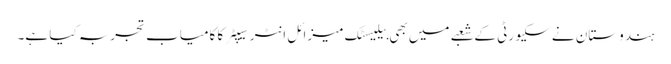
ہندوستان نے سکیورٹی کے شعبے میں بھی بیلیسٹک میزائل انٹرسیپٹر کا کامیاب تجربہ کیا ہے۔